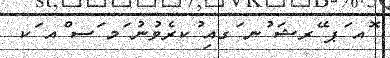
ޮއ ަޕ ޭރޝަ ުނ ަގއި ުކރެވުނު ަމ ަސ ްއ ަކ